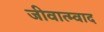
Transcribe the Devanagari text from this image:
जीवात्म्वाद